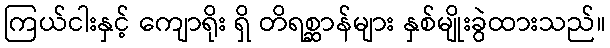
ကြယ်ငါးနှင့် ကျောရိုး ရှိ တိရစ္ဆာန်များ နှစ်မျိုးခွဲထားသည်။